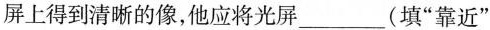
屏上得到清晰的像，他应将光屏___（填”靠近”